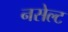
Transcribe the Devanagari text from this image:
नसेल्ट